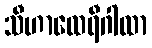
သီဟာထေရီဂါထာ